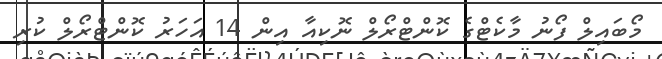
މޯބައިލް ފޯނު މާކެޓްގެ ކޮންޓްރޯލް ނޮކިއާ އިން 14 އަހަރު ކޮންޓްރޯލް ކުރި